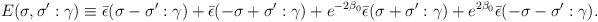
LaTeX: \begin{align*} E(\sigma,\sigma':\gamma)\equiv \bar{\epsilon}(\sigma-\sigma':\gamma) +\bar{\epsilon }(-\sigma+\sigma':\gamma) +e^{-2\beta_0}\bar{\epsilon }(\sigma+\sigma':\gamma) +e^{2\beta_0}\bar{\epsilon }(-\sigma-\sigma':\gamma).\end{align*}